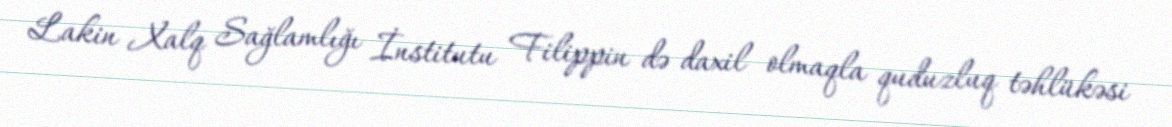
Lakin Xalq Sağlamlığı İnstitutu Filippin də daxil olmaqla quduzluq təhlükəsi